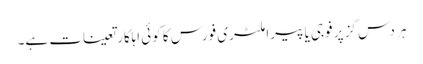
ہر دس گز پر فوجی یا پیراملٹری فورس کا کوئی اہلکار تعینات ہے۔